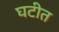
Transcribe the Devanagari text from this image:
घटीत